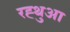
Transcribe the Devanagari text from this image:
रह्थुआ